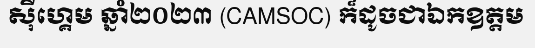
ស៊ីហ្គេម ឆ្នាំ២០២៣ (CAMSOC) ក៏ដូចជាឯកឧត្តម